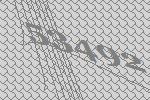
53492